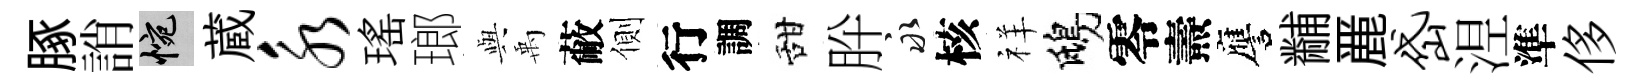
䐁誚惋蔵永瑤瑯𫤰禹蔽側行調甜肸永核祥鴟零燾譍黼䴡岱𣵀準侈